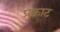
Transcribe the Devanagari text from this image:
प्रकाट